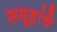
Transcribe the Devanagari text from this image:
समूहांचे